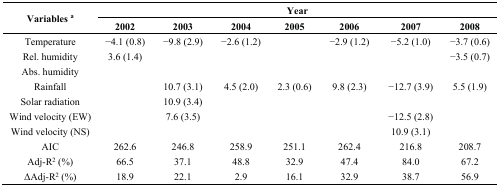
| <ROWSPAN=2> Variables a | <COLSPAN=7> Year |
 | 2002 | 2003 | 2004 | 2005 | 2006 | 2007 | 2008 |
 | --- | --- | --- | --- | --- | --- | --- | --- |
 | Temperature | −4.1 (0.8) | −9.8 (2.9) | −2.6 (1.2) |  | −2.9 (1.2) | −5.2 (1.0) | −3.7 (0.6) |
 | Rel. humidity | 3.6 (1.4) |  |  |  |  |  | −3.5 (0.7) |
 | Abs. humidity |  |  |  |  |  |  |  |
 | Rainfall |  | 10.7 (3.1) | 4.5 (2.0) | 2.3 (0.6) | 9.8 (2.3) | −12.7 (3.9) | 5.5 (1.9) |
 | Solar radiation |  | 10.9 (3.4) |  |  |  |  |  |
 | Wind velocity (EW) |  | 7.6 (3.5) |  |  |  | −12.5 (2.8) |  |
 | Wind velocity (NS) |  |  |  |  |  | 10.9 (3.1) |  |
 | AIC | 262.6 | 246.8 | 258.9 | 251.1 | 262.4 | 216.8 | 208.7 |
 | Adj-R2 (%) | 66.5 | 37.1 | 48.8 | 32.9 | 47.4 | 84.0 | 67.2 |
 | ΔAdj-R2 (%) | 18.9 | 22.1 | 2.9 | 16.1 | 32.9 | 38.7 | 56.9 |